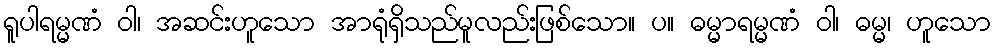
ရူပါရမ္မဏံ ဝါ၊ အဆင်းဟူသော အာရုံရှိသည်မူလည်းဖြစ်သော။ ပ။ ဓမ္မာရမ္မဏံ ဝါ၊ ဓမ္မ၊ ဟူသော